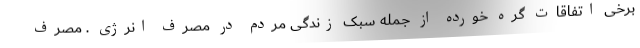
برخی اتفاقات گره خورده از جمله سبک زندگی مردم در مصرف انرژی . مصرف